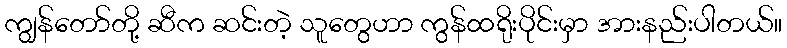
ကျွန်တော်တို့ ဆီက ဆင်းတဲ့ သူတွေဟာ ကွန်ထရိုးပိုင်းမှာ အားနည်းပါတယ်။